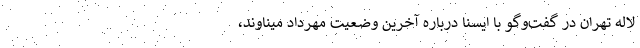
لاله تهران در گفت‌وگو با ایسنا درباره آخرین وضعیت مهرداد میناوند،